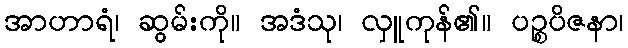
အာဟာရံ၊ ဆွမ်းကို။ အဒံသု၊ လှူကုန်၏။ ပဉ္စပိဇနာ၊